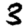
Digit: 3